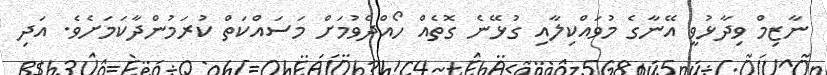
ނާޒިމް ވިދާޅުވީ އޭނާގެ މުވައްކިލާއި ގުޅޭނެ ގޮތެއް ހޯއްދެވުމަށް މަސައްކަތް ކުރަމުންދާކަމަށެވެ. އަދި